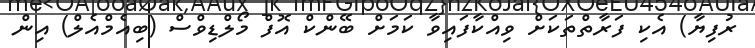
ރުފިޔާ) އެކި ފަރާތްތަކަށް ވިއްކާފައިވާ ކަމަށް ބޭންކް އޮފް މޯލްޑިވްސް (ބިއެމްއެލް) އިން